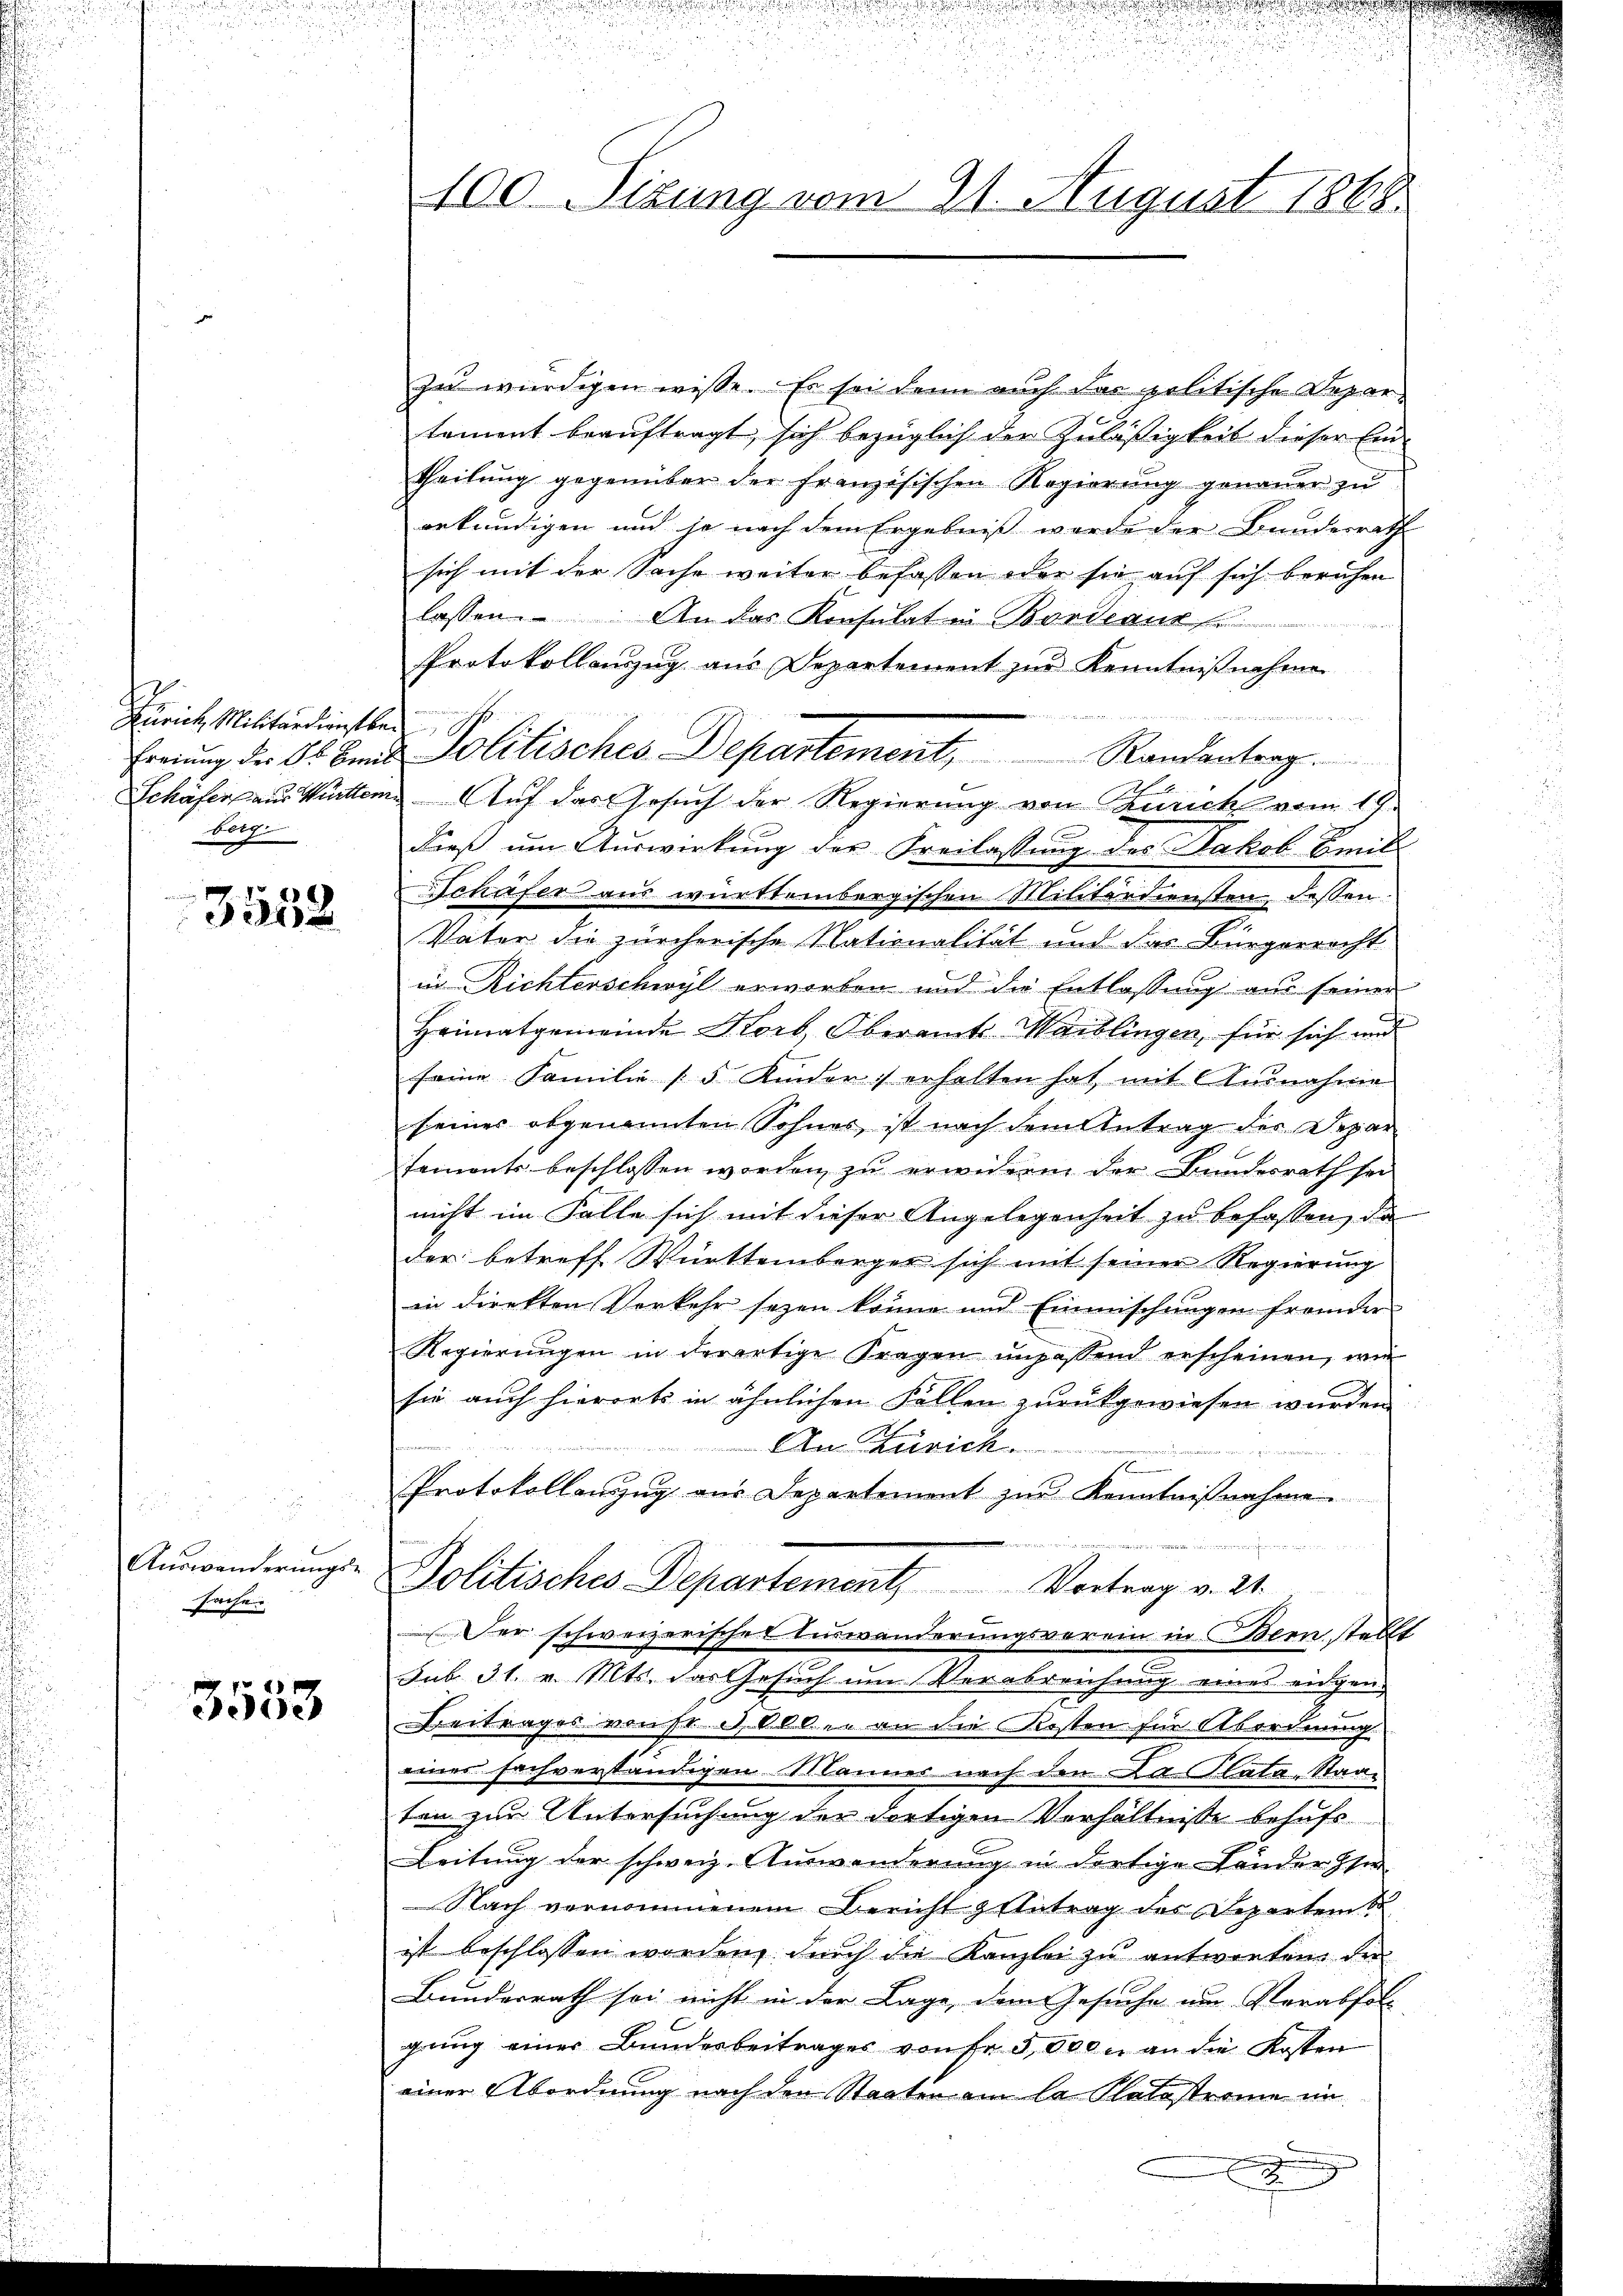
Zürich Militärdienstbar
berg.

3552

Auswanderungs-
sache.

3553

zu würdigen wisse. Es sei denn auch das politische Departament beauftragt, sich bezüglich der Zuläßigkeit dieser Ein-
theilung gegenüber der französischen Regierung genauer zu
erkundigen und je nach dem Ergebniß wurde der Bundesrath
sich mit der Sache weiter befassen oder sie auf sich beruhen
lassen. An das Konsulat in Bordeaux
Protokollauszug aus Departement zur Kenntnißnahme
Ernung der A. Bund Politisches Departement, Randantrag.
Schäfer aus Württem. Auf das Gesuch der Regierung von Zürich vom 14.
dieß um Auswirkung der Freilassung des Jakob Bent
Schäfer aus württembergischen Militärdiensten dessen.
Vater die zürcherische Nationalität und das Bürgerrecht
in Richterschwyl erworben und die Entlassung aus seiner
Heimatgemeinde Korb, Oberamt Maiblingen, für sich und
seine Familie 5 Kinder erhalten hat mit Ausnahme
seines abgenannten Sohnes ist nach dem Antrag der Depar
sements beschlossen worden zu erwidern der Bundesrath sei
nicht im Falle sich mit dieser Angelegenheit zu befassen, da
der betreff Württemberger sich mit seiner Regierung
in direkten Verkehr sezen könne und Einmischungen fremder
Regierŭngen in derartige Fragen unpassend erscheinen, wie
sie auch hierorts in ähnlichen Fallen zurückgewiesen wurden
An Zürich.
Protokollanzug aus Departement zur Kenntnißnahme
Politisches Departement. Vortrag v. 21.
er schweizerischer Auswanderungsverein in Bern stellt
.
sub 31. v. Mts. das Gesuch um Verabreichung eines eigen-
Beitrages vonst. Alber an die Kosten für Abordnung
einer sachverständigen Männer nach den Kalata, Staaten zur Untersuchung der dortigen Verhältnisse behufs
Leitung der schweiz. Auswanderung in dortige Länderse
Nach vernommenem Bericht zutrag des Departen S
ist beschlossen worden, durch die Kanzlei zu antworten den
Bunderrath sei nicht in der Lage dem Gesuche um Verabfolgung einer Bundesbeitrages von fr 5,000 an die Kosten
einer Abordnung nach den Staaten am la Platastrome in
2

100. Sizung vom 21. August 1868.